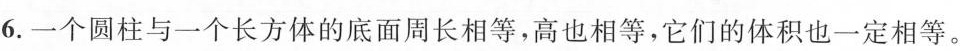
6.一个圆柱与一个长方体的底面周长相等，高也相等，它们的体积也一定相等。